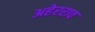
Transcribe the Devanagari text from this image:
अहेरराव